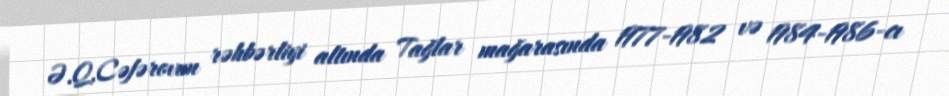
Ə.Q.Cəfərovun rəhbərliyi altında Tağlar mağarasında 1977-1982 və 1984-1986-cı